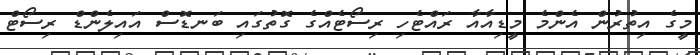
މީގެ އިތުރުން އެންމެ މީޑިއާއާ ރައްޓެހި ރިސޯޓެއްގެ ގޮތުގައި ބަނޑޮސް އައިލެންޑް ރިސޯޓް